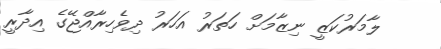
ލާމަރުކަޒީ ނިޒާމަށް ހަތަރު އަހަރު ދިވެހިރާއްޖޭގެ އިދާރީ